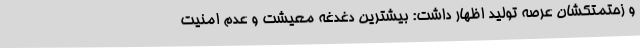
و زحتمتکشان عرصه تولید اظهار داشت: بیشترین دغدغه معیشت و عدم امنیت